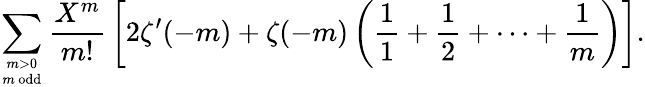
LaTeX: \sum_{m>0\atop m{\mathrm{~odd}}}{\frac{X^{m}}{m!}}\left[2\zeta^{\prime}(-m)+\zeta(-m)\left({\frac{1}{1}}+{\frac{1}{2}}+\cdots+{\frac{1}{m}}\right)\right].